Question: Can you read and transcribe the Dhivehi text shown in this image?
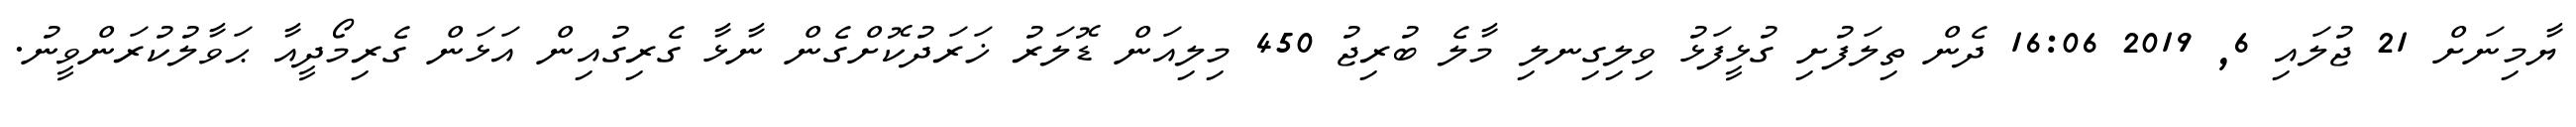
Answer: ޔާމިނަށް 21 ޖުލައި 6, 2019 16:06 ދެން ތިލަފުށި ގުޅީފަޅު ވިލިގިނލި މާލެ ބުރިޖު 450 މިލިއަން ޑޮލަރު ޚަރަދުކޮށްގެން ނާޅާ ގެރިގުއިން އަޅަން ގެރިމޯދީއާ ޙަވާލުކުރަންވީނު.